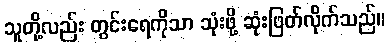
သူတို့လည်း တွင်းရေကိုသာ သုံးဖို့ ဆုံးဖြတ်လိုက်သည်။